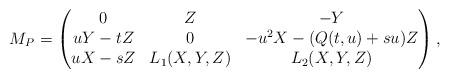
LaTeX: \begin{align*}M_P = \begin{pmatrix}0 & Z & -Y \\uY - tZ & 0 & -u^2 X - (Q(t, u) + su) Z \\u X - s Z & L_1(X, Y, Z) & L_2(X, Y, Z)\end{pmatrix},\end{align*}